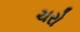
ચરો